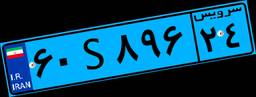
۶۰S۸۹۶۲۴